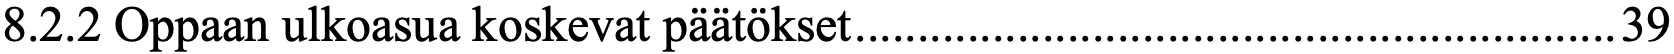
8.2.2 Oppaan ulkoasua koskevat päätökset ............................................................. 39